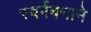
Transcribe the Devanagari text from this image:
स्वर्गबनाने